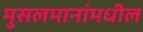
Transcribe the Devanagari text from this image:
मुसलमानांमधील